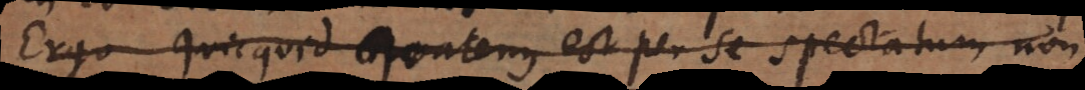
Nam quicquid quatenus est per se spectatum non